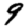
Digit: 9